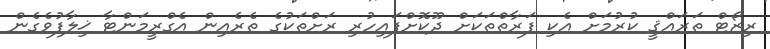
ރިޒޯޓް ތަރައްޤީ ކުރުމަށް އެކި ފަރާތްތަކަށް ދޫކޮށްފައިހުރި ރަށްތަކުގެ ތެރެއިން އެގްރީމަންޓާ ޚިލާފުވެގެން